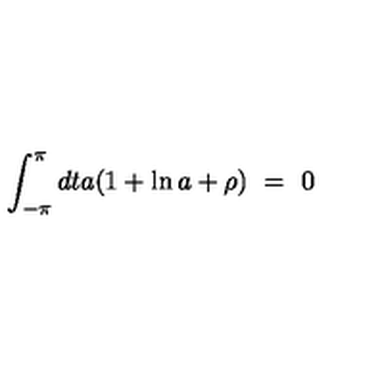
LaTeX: \int _ { - \pi } ^ { \pi } d t a ( 1 + \ln a + \rho ) \ = \ 0